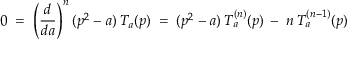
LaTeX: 0 \; = \; \left( \frac { d } { d a } \right) ^ { n } ( p ^ { 2 } - a ) \: T _ { a } ( p ) \; = \; ( p ^ { 2 } - a ) \: T _ { a } ^ { ( n ) } ( p ) \: - \: n \: T _ { a } ^ { ( n - 1 ) } ( p )